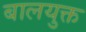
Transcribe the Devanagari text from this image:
बालयुक्त